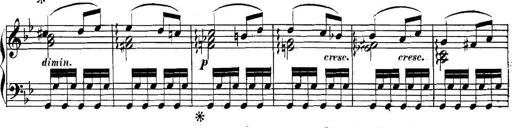
Title: Collected Piano Sonatas
Composer: Muzio Clementi